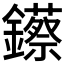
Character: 𨯓